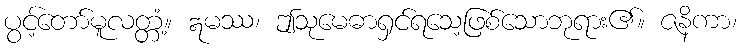
ပွင့်တော်မူလတ္တံ့။ ဣမဿ၊ ဤသုမေဓာရှင်ရသေ့ဖြစ်သောဘုရား၏။ ဇနိကာ၊